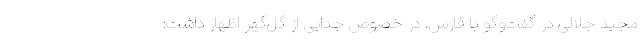
مجید جلالی در گفت‌وگو با فارس، در خصوص جدایی از گل‌گهر اظهار داشت: